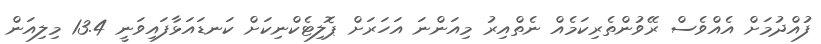
ފުއްދުމަށް އެއްވެސް ރޭވުންތެރިކަމެއް ނެތްއިރު މިއަންނަ އަހަރަށް ޕޮލިޓެކްނިކަށް ކަނޑައަޅާފައިވަނީ 13.4 މިލިއަން